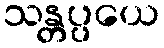
သန္တပ္ပယေ